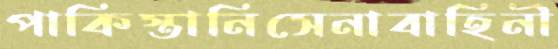
পাকিস্তানিসেনাবাহিনী